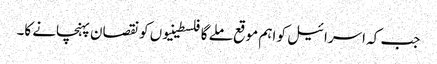
جب کہ اسرائیل کو اہم موقع ملے گا فلسطینیوں کو نقصان پہنچانے کا۔